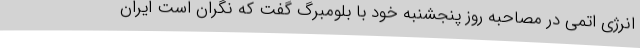
انرژی اتمی در مصاحبه روز پنجشنبه خود با بلومبرگ گفت که نگران است ایران